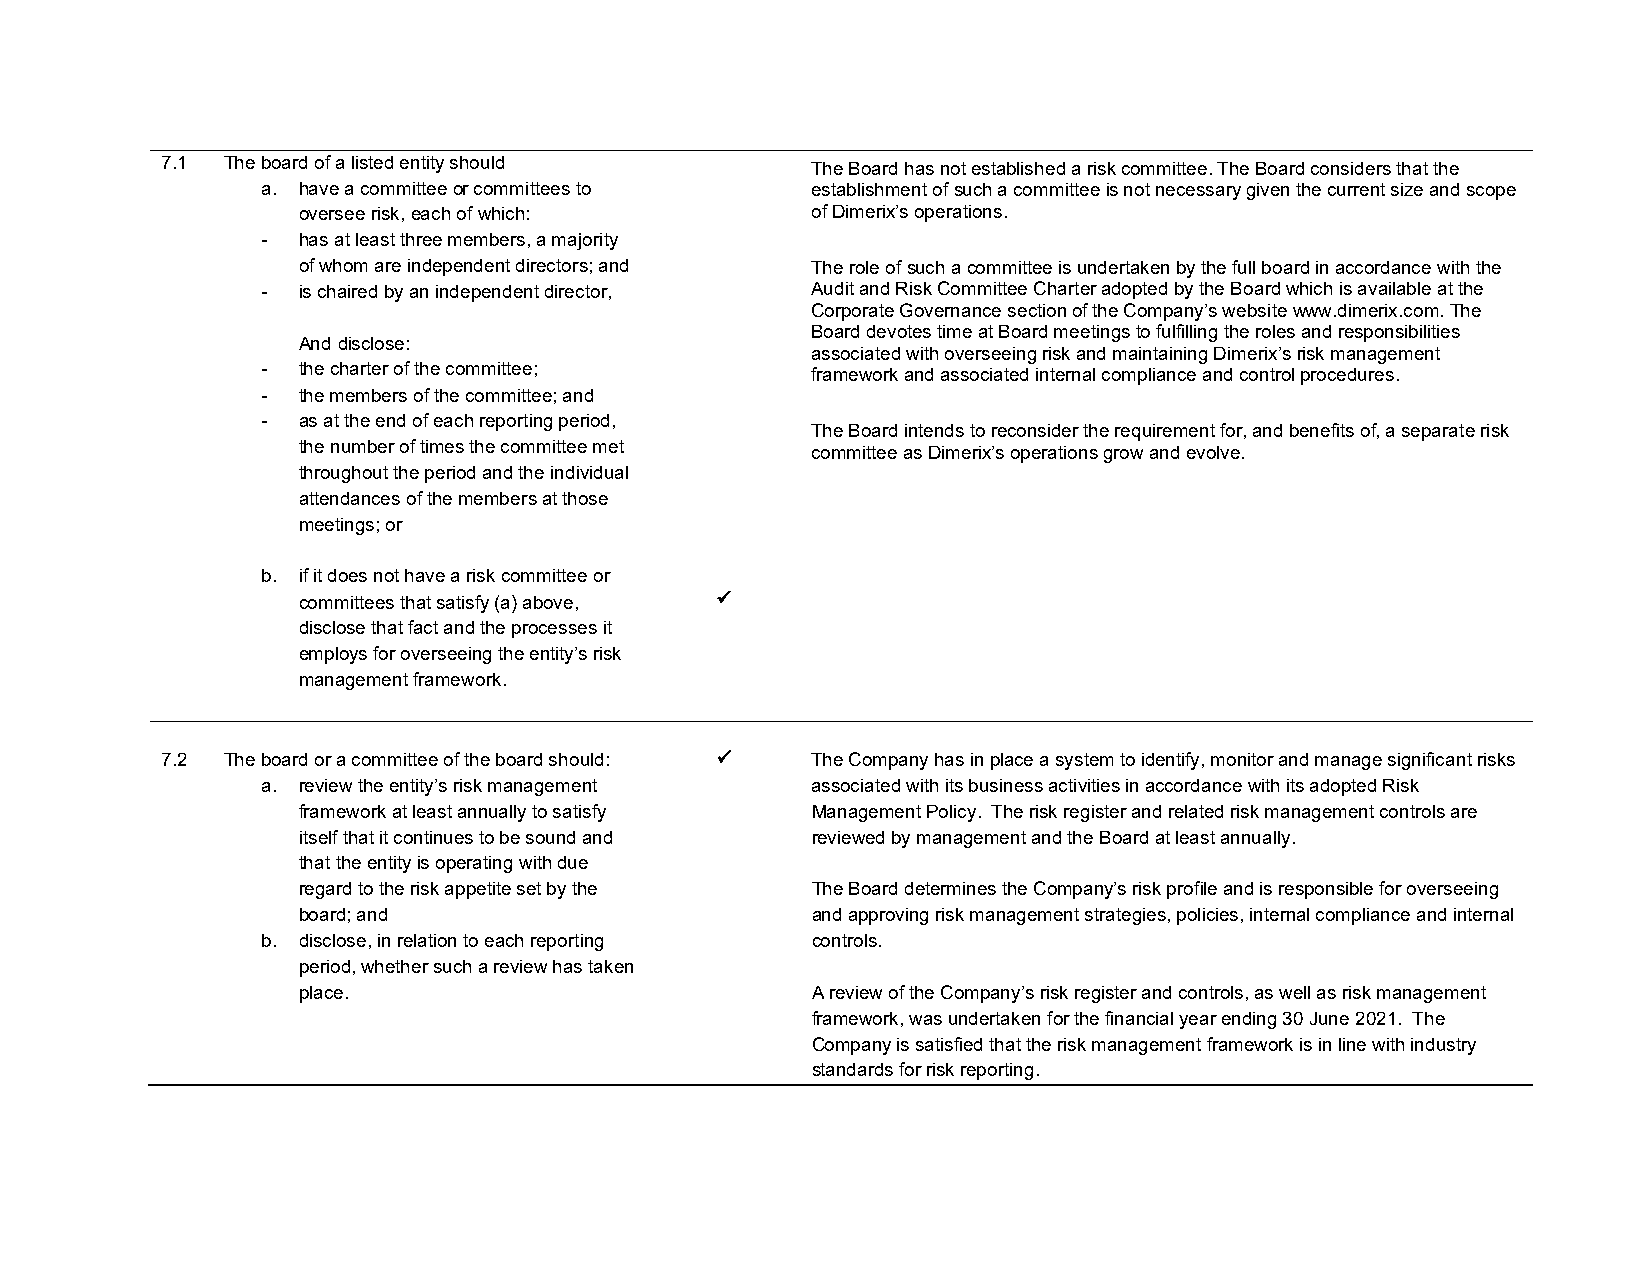
7.1 The board of a listed entity should    The Board has not established a risk committee. The Board considers that the
 a. have a committee or committees to establishment of such a committee is not necessary given the current size and scope
 oversee risk, each of which:      of Dimerix’s operations.
 -  has at least three members, a majority
 of whom are independent directors; and The role of such a committee is undertaken by the full board in accordance with the
 -  is chaired by an independent director, Audit and Risk Committee Charter adopted by the Board which is available at the
 Corporate Governance section of the Company’s website www.dimerix.com. The
 Board devotes time at Board meetings to fulfilling the roles and responsibilities
 And disclose:
 associated with overseeing risk and maintaining Dimerix’s risk management
 -  the charter of the committee;     framework and associated internal compliance and control procedures.
 -  the members of the committee; and
 -  as at the end of each reporting period,
 The Board intends to reconsider the requirement for, and benefits of, a separate risk
 the number of times the committee met committee as Dimerix’s operations grow and evolve.
 throughout the period and the individual
 attendances of the members at those
 meetings; or
 b. if it does not have a risk committee or
 committees that satisfy (a) above, 
 disclose that fact and the processes it
 employs for overseeing the entity’s risk
 management framework.
 7.2 The board or a committee of the board should:  The Company has in place a system to identify, monitor and manage significant risks
 a. review the entity’s risk management associated with its business activities in accordance with its adopted Risk
 framework at least annually to satisfy Management Policy. The risk register and related risk management controls are
 itself that it continues to be sound and reviewed by management and the Board at least annually.
 that the entity is operating with due
 regard to the risk appetite set by the The Board determines the Company’s risk profile and is responsible for overseeing
 board; and                        and approving risk management strategies, policies, internal compliance and internal
 b. disclose, in relation to each reporting controls.
 period, whether such a review has taken
 place.                            A review of the Company’s risk register and controls, as well as risk management
 framework, was undertaken for the financial year ending 30 June 2021. The
 Company is satisfied that the risk management framework is in line with industry
 standards for risk reporting.